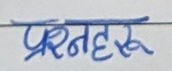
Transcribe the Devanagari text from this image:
प्रश्नहरू